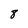
Character: 8